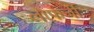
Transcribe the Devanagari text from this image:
लौफर्जी